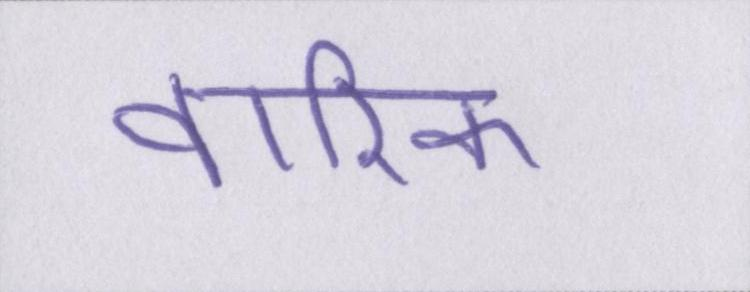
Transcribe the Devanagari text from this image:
वारिक